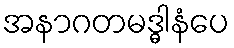
အနာဂတမဒ္ဓါနံပေ